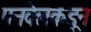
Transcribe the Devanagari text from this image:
पनवेलकडून